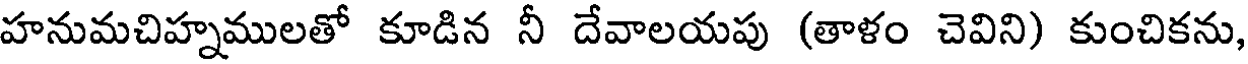
హనుమచిహ్నములతో కూడిన నీ దేవాలయపు (తాళం చెవిని) కుంచికను,